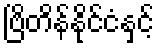
ဗြိတိန်နိုင်ငံနှင့်